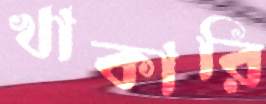
খাকারি